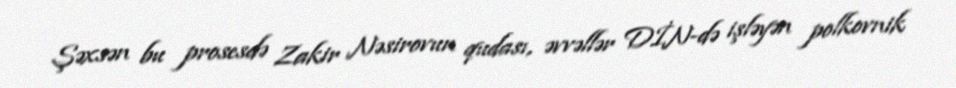
Şəxsən bu prosesdə Zakir Nəsirovun qudası, əvvəllər DİN-də işləyən polkovnik